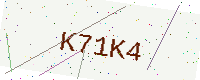
Text: K71K4